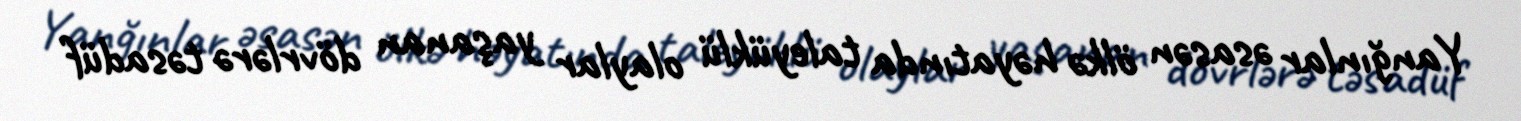
Yanğınlar əsasən ölkə həyatında taleyüklü olaylar yaşanan dövrlərə təsadüf